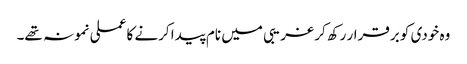
وہ خودی کو برقرار رکھ کر غریبی میں نام پیدا کرنے کا عملی نمونہ تھے۔